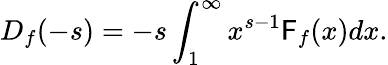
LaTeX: D_{f}(-s)=-s\int_{1}^{\infty}x^{s-1}\mathsf{F}_{f}(x)dx.